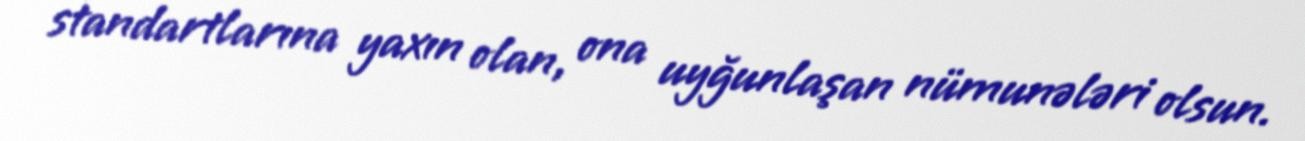
standartlarına yaxın olan, ona uyğunlaşan nümunələri olsun.